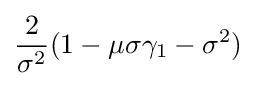
{\frac {2}{\sigma ^{2}}}(1-\mu \sigma \gamma _{1}-\sigma ^{2})